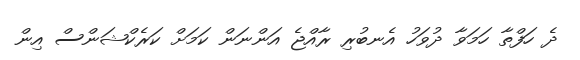
ދެ ހަފްތާ ހަމަވާ ދުވަހު އެނބުރި ރާއްޖެ އަންނަން ކަމަށް ކަރެކްޝަންސް އިން